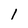
Character: l